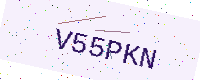
Text: V55PKN